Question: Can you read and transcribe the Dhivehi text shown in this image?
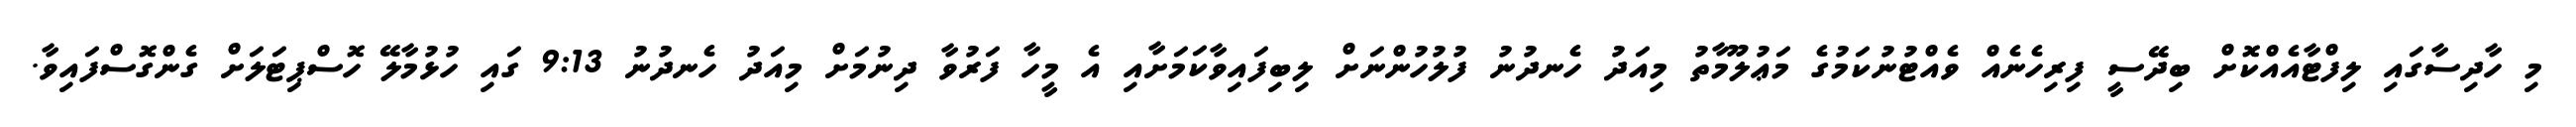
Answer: މި ހާދިސާގައި ލިފްޓާއެއްކޮށް ބިދޭސީ ފިރިހެނެއް ވެއްޓުނުކަމުގެ މަޢުލޫމާތު މިއަދު ހެނދުނު ފުލުހުންނަށް ލިބިފައިވާކަމަށާއި އެ މީހާ ފަރުވާ ދިނުމަށް މިއަދު ހެނދުނު 9:13 ގައި ހުޅުމާލޭ ހޮސްޕިޓަލަށް ގެންގޮސްފައިވާ.